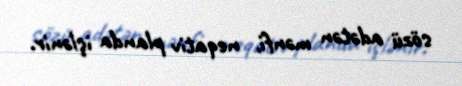
sözü adətən mənfi, neqativ planda işlənir.